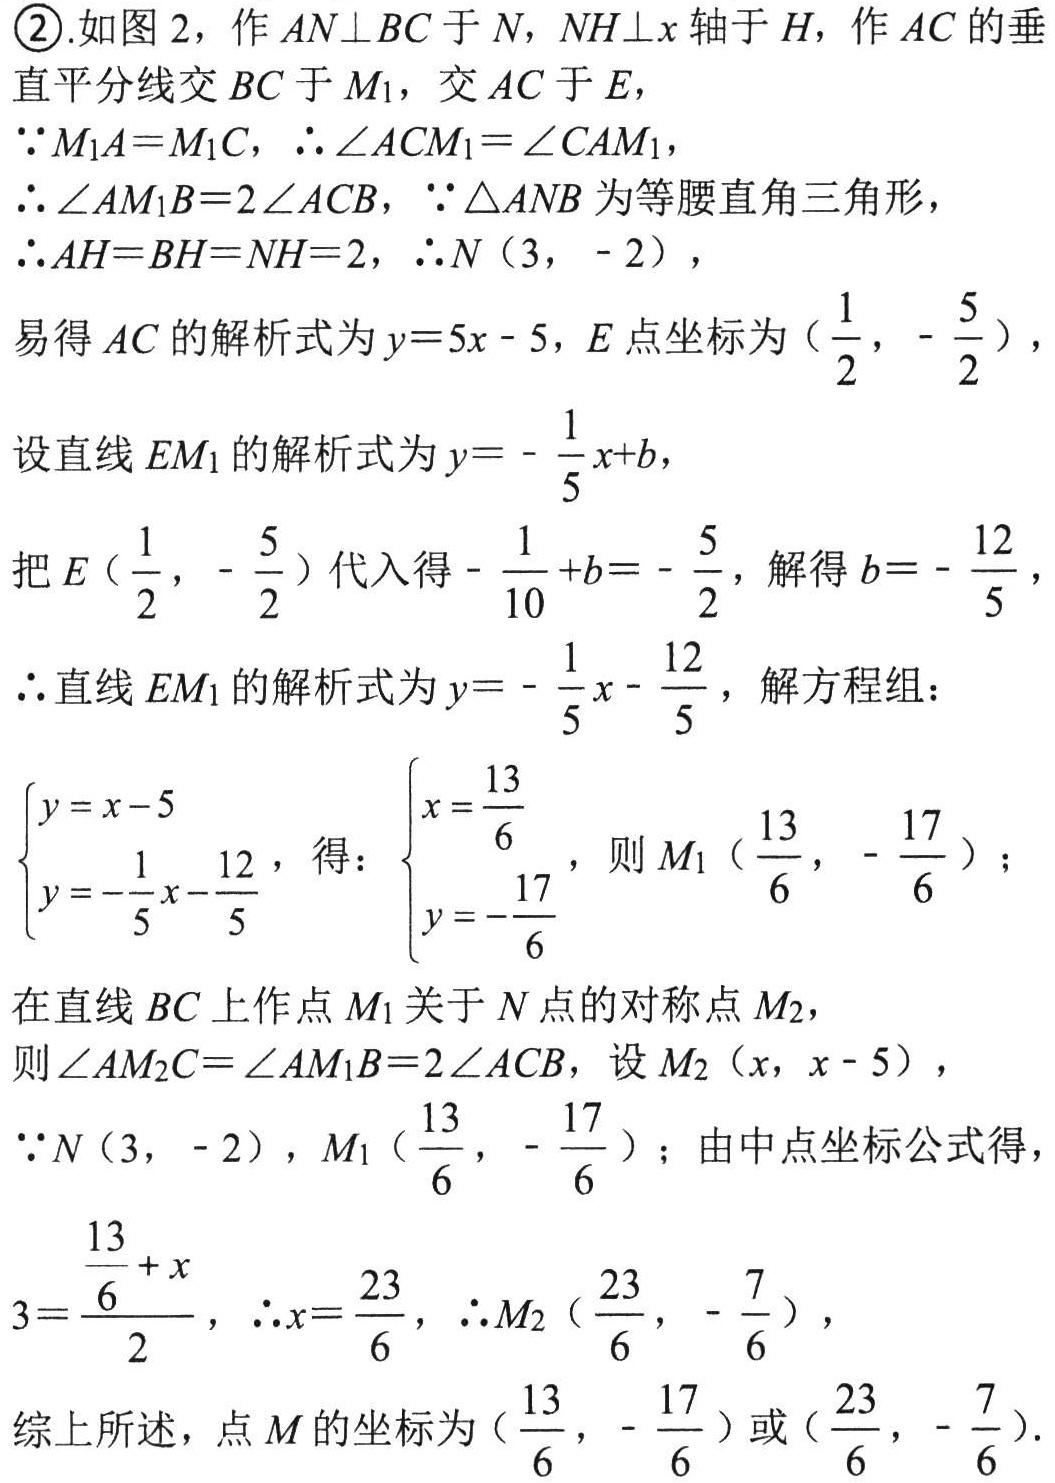
\textcircled{2}.如图2，作 \(AN\perp BC\) 于 \(N\)，\(NH\perp x\) 轴于 \(H\)，作 \(AC\) 的垂直平分线交 \(BC\) 于 \(M_1\)，交 \(AC\) 于 \(E\)，
\(\because M_1A = M_1C\)，\(\therefore\angle ACM_1=\angle CAM_1\)，
\(\therefore\angle AM_1B = 2\angle ACB\)，\(\because\triangle ANB\) 为等腰直角三角形，
\(\therefore AH = BH = NH = 2\)，\(\therefore N(3,-2)\)，
易得 \(AC\) 的解析式为 \(y = 5x - 5\)，\(E\) 点坐标为 \((\frac{1}{2},-\frac{5}{2})\)，
设直线 \(EM_1\) 的解析式为 \(y =-\frac{1}{5}x + b\)，
把 \(E(\frac{1}{2},-\frac{5}{2})\) 代入得 \(-\frac{1}{10}+b =-\frac{5}{2}\)，解得 \(b =-\frac{12}{5}\)，
\(\therefore\) 直线 \(EM_1\) 的解析式为 \(y =-\frac{1}{5}x-\frac{12}{5}\)，解方程组：
\(\begin{cases}y = x - 5\\y =-\frac{1}{5}x-\frac{12}{5}\end{cases}\)，得：\(\begin{cases}x=\frac{13}{6}\\y =-\frac{17}{6}\end{cases}\)，则 \(M_1(\frac{13}{6},-\frac{17}{6})\)；
在直线 \(BC\) 上作点 \(M_1\) 关于 \(N\) 点的对称点 \(M_2\)，
则 \(\angle AM_2C=\angle AM_1B = 2\angle ACB\)，设 \(M_2(x,x - 5)\)，
\(\because N(3,-2)\)，\(M_1(\frac{13}{6},-\frac{17}{6})\)；由中点坐标公式得，
\(3=\frac{\frac{13}{6}+x}{2}\)，\(\therefore x=\frac{23}{6}\)，\(\therefore M_2(\frac{23}{6},-\frac{7}{6})\)，
综上所述，点 \(M\) 的坐标为 \((\frac{13}{6},-\frac{17}{6})\) 或 \((\frac{23}{6},-\frac{7}{6})\).